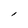
Character: l